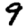
Digit: 9